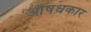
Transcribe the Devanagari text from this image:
औषधकार